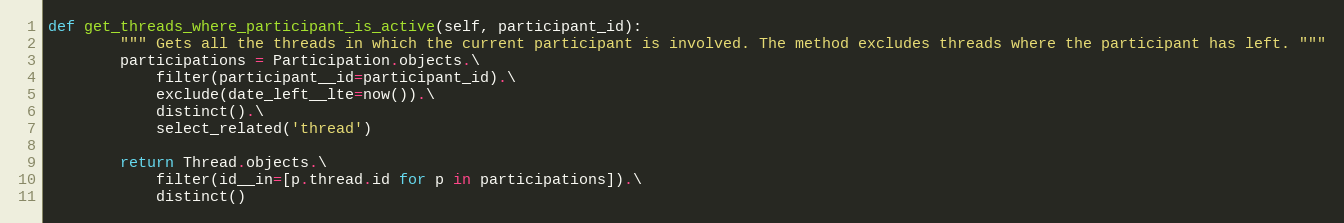
Language: Python
def get_threads_where_participant_is_active(self, participant_id):
        """ Gets all the threads in which the current participant is involved. The method excludes threads where the participant has left. """
        participations = Participation.objects.\
            filter(participant__id=participant_id).\
            exclude(date_left__lte=now()).\
            distinct().\
            select_related('thread')

        return Thread.objects.\
            filter(id__in=[p.thread.id for p in participations]).\
            distinct()